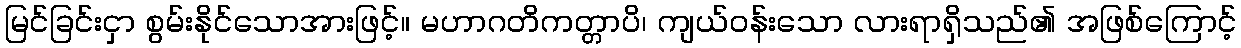
မြင်ခြင်းငှာ စွမ်းနိုင်သောအားဖြင့်။ မဟာဂတိကတ္တာပိ၊ ကျယ်ဝန်းသော လားရာရှိသည်၏ အဖြစ်ကြောင့်